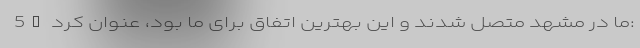
5G ما در مشهد متصل شدند و این بهترین اتفاق برای ما بود، عنوان کرد: